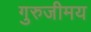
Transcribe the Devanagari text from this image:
गुरुजीमय